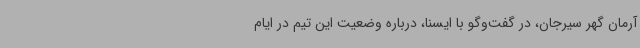
آرمان گهر سیرجان، در گفت‌وگو با ایسنا، درباره وضعیت این تیم در ایام